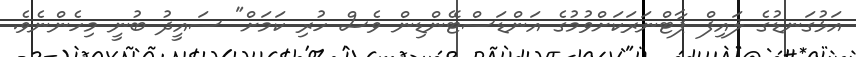
އަޅުގަނޑުގެ ލައިފް ޕާޓްނަރަކަށްވުމުގެ އަންޑަސްޓޭންޑިން ވެސް ހުރި ކަމަށް" ސައީދު ބުނީ މިހެންނެވެ.